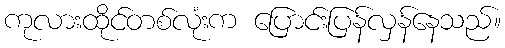
ကုလားထိုင်တစ်လုံးက ပြောင်းပြန်လှန်နေသည်။